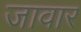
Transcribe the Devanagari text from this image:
जावार